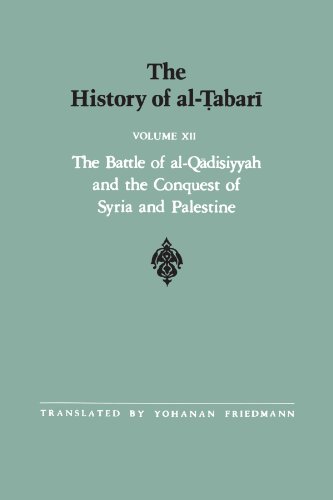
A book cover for The History of al-Tabari Vol. 12: The Battle of al-Qadisiyyah and the Conquest of Syria and Palestine A.D. 635-637/A.H. 14-15 (SUNY series in Near Eastern Studies); History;